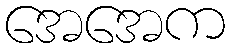
အေအေက